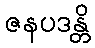
ဇနပဒန္တိ